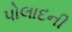
પોલાદની